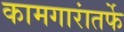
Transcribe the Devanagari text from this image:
कामगारांतर्फे